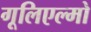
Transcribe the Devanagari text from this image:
गूलिएल्मो